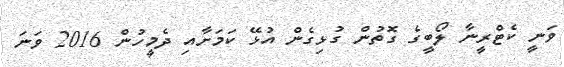
ވަނީ ކެޓްރީނާ ލޯބީގެ ގޮތުން ގުޅިގެން އުޅޭ ކަމަށާއި ދެމީހުން 2016 ވަނަ